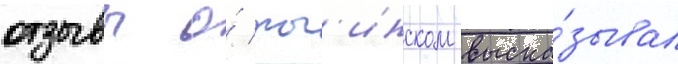
отзывы о́ рог'инском выска́зывал